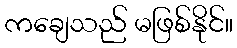
ကချေသည် မဖြစ်နိုင်။